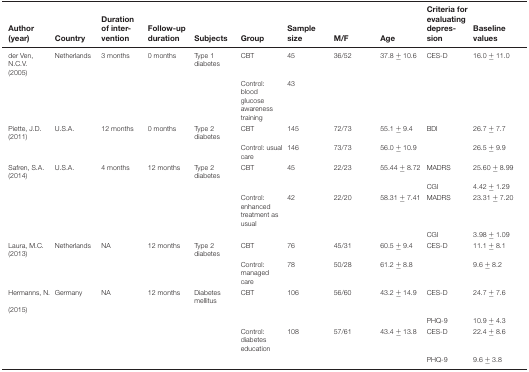
| Author (year) | Country | Duration of intervention | Follow-up duration | Subjects | Group | Sample size | M/F | Age | Criteria for evaluating depression | Baseline values |
 | --- | --- | --- | --- | --- | --- | --- | --- | --- | --- | --- |
 | der Ven, N.C.V. (2005) | Netherlands | 3 months | 0 months | Type 1 diabetes | CBT | 45 | 36/52 | 37.8 ± 10.6 | CES-D | 16.0 ± 11.0 |
 |  |  |  |  |  | Control: blood glucose awareness training | 43 |  |  |  |  |
 | Piette, J.D. (2011) | U.S.A. | 12 months | 0 months | Type 2 diabetes | CBT | 145 | 72/73 | 55.1 ± 9.4 | BDI | 26.7 ± 7.7 |
 |  |  |  |  |  | Control: usual care | 146 | 73/73 | 56.0 ± 10.9 |  | 26.5 ± 9.9 |
 | Safren, S.A. (2014) | U.S.A. | 4 months | 12 months | Type 2 diabetes | CBT | 45 | 22/23 | 55.44 ± 8.72 | MADRS | 25.60 ± 8.99 |
 |  |  |  |  |  |  |  |  |  | CGI | 4.42 ± 1.29 |
 |  |  |  |  |  | Control: enhanced treatment as usual | 42 | 22/20 | 58.31 ± 7.41 | MADRS | 23.31 ± 7.20 |
 |  |  |  |  |  |  |  |  |  | CGI | 3.98 ± 1.09 |
 | Laura, M.C. (2013) | Netherlands | NA | 12 months | Type 2 diabetes | CBT | 76 | 45/31 | 60.5 ± 9.4 | CES-D | 11.1 ± 8.1 |
 |  |  |  |  |  | Control: managed care | 78 | 50/28 | 61.2 ± 8.8 |  | 9.6 ± 8.2 |
 | Hermanns, N. (2015) | Germany | NA | 12 months | Diabetes mellitus | CBT | 106 | 56/60 | 43.2 ± 14.9 | CES-D | 24.7 ± 7.6 |
 |  |  |  |  |  |  |  |  |  | PHQ-9 | 10.9 ± 4.3 |
 |  |  |  |  |  | Control: diabetes education | 108 | 57/61 | 43.4 ± 13.8 | CES-D | 22.4 ± 8.6 |
 |  |  |  |  |  |  |  |  |  | PHQ-9 | 9.6 ± 3.8 |